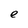
Character: e